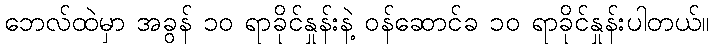
ဘေလ်ထဲမှာ အခွန် ၁၀ ရာခိုင်နှုန်းနဲ့ ဝန်ဆောင်ခ ၁၀ ရာခိုင်နှုန်းပါတယ်။